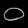
Digit: ၀